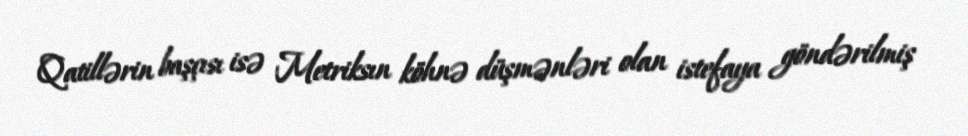
Qatillərin başçısı isə Metriksın köhnə düşmənləri olan istefaya göndərilmiş